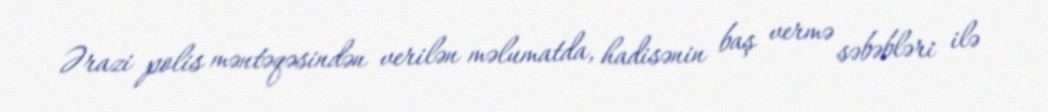
Ərazi polis məntəqəsindən verilən məlumatda, hadisənin baş vermə səbəbləri ilə